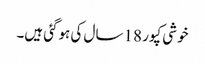
خوشی کپور 18 سال کی ہوگئی ہیں۔